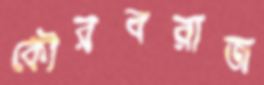
কৌরবরাজ